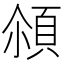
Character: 𩒀